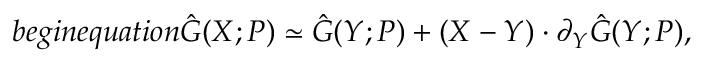
b e g i n { e q u a t i o n } \hat { G } ( X ; P ) \simeq \hat { G } ( Y ; P ) + ( X - Y ) \cdot \partial _ { Y } \hat { G } ( Y ; P ) ,